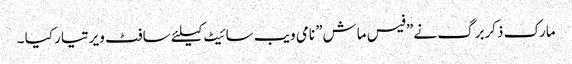
مارک ذکربرگ نے ”فیس ماش” نامی ویب سائیٹ کیلئے سافٹ ویر تیار کیا ۔